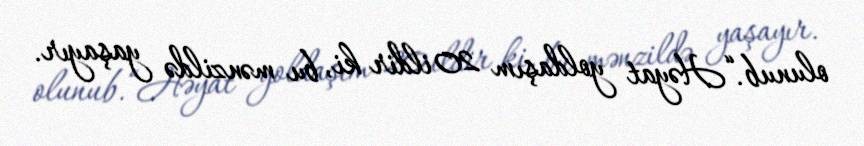
olunub.“Həyat yoldaşım 20 ildir ki, bu mənzildə yaşayır.